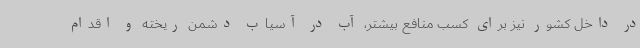
در داخل کشور نیز برای کسب منافع بیشتر، آب در آسیاب دشمن ریخته و اقدام